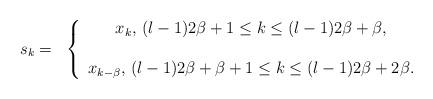
LaTeX: \begin{align*}s_{k}=\begin{array}{r@{\,}l}\mathrm{ } &\left\{ \begin{array}{c@{\,}l} x_{k},\thinspace (l-1)2\beta+1\le k \le (l-1)2\beta+\beta, \\ \\ x_{k-\beta},\thinspace (l-1)2\beta+\beta + 1\le k \le (l-1)2\beta+2\beta. \end{array}\right.\end{array}\end{align*}